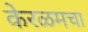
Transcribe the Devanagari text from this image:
केरळमचा